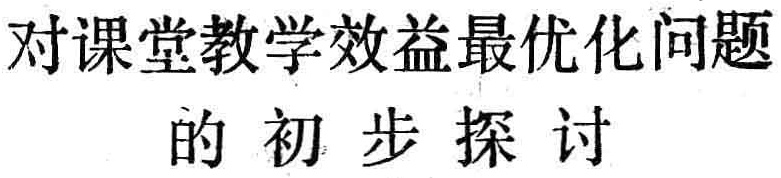
对课堂教学效益最优化问题的初步探讨